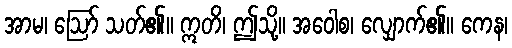
အာမ၊ ဩော် သတ်၏။ ဣတိ၊ ဤသို့။ အဝေါစ၊ လျှောက်၏။ ကေန၊